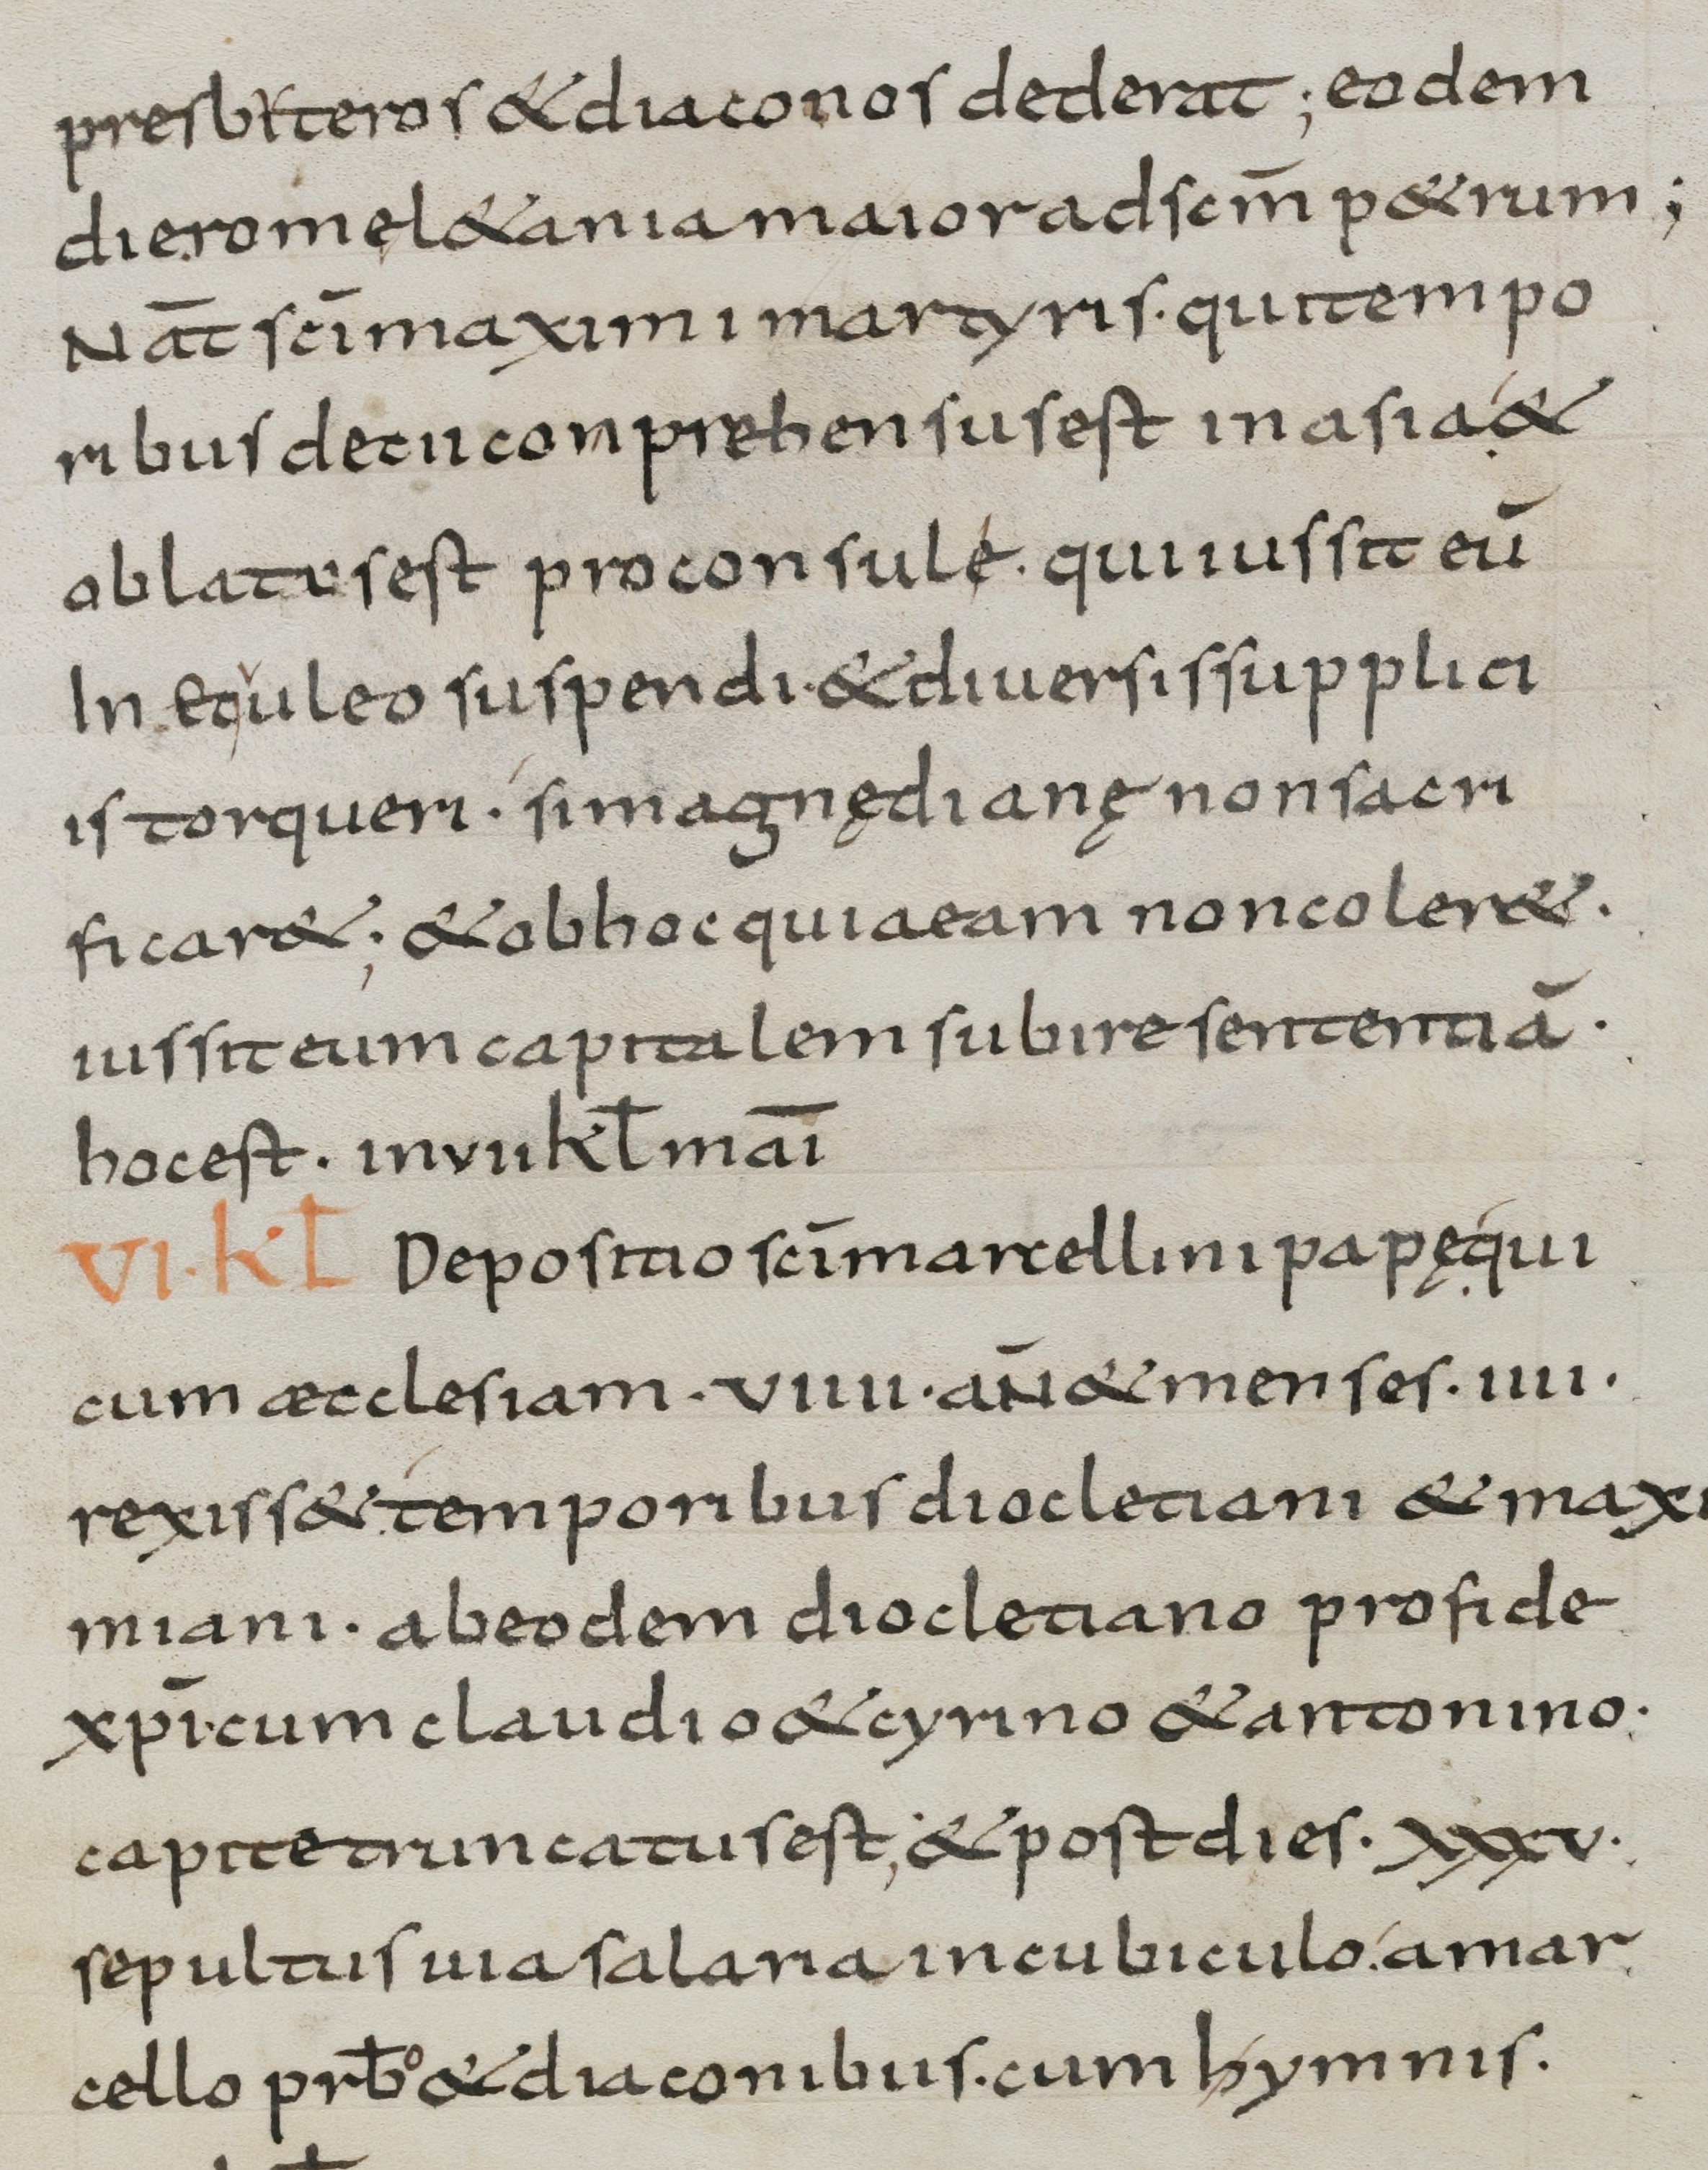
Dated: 800–899